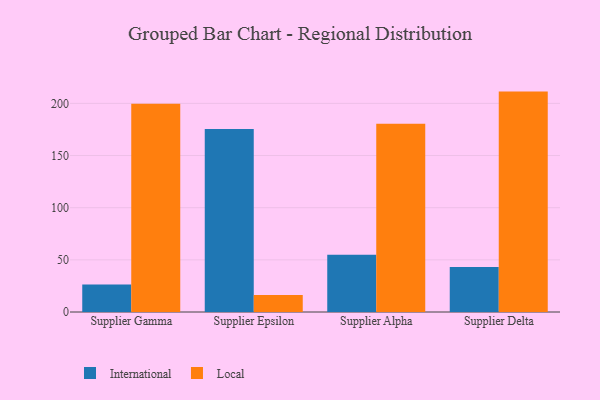
{"axis": {"x": "Supplier", "y": "Temperature (°C)"}, "legend": ["International", "Local"], "data": [{"x": "Supplier Gamma", "y": 26.4, "type": "International"}, {"x": "Supplier Gamma", "y": 199.6, "type": "Local"}, {"x": "Supplier Epsilon", "y": 175.5, "type": "International"}, {"x": "Supplier Epsilon", "y": 16.3, "type": "Local"}, {"x": "Supplier Alpha", "y": 54.9, "type": "International"}, {"x": "Supplier Alpha", "y": 180.4, "type": "Local"}, {"x": "Supplier Delta", "y": 43.2, "type": "International"}, {"x": "Supplier Delta", "y": 211.3, "type": "Local"}]}